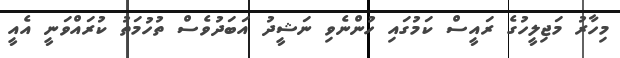
މިހާރު މަޖިލީހުގެ ރައީސް ކަމުގައި ހުންނެވި ނަޝީދު އަބަދުވެސް ތުހުމަތު ކުރައްވަނީ އެއީ